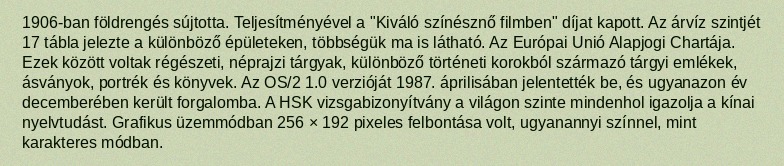
1906-ban földrengés sújtotta. Teljesítményével a "Kiváló színésznő filmben" díjat kapott. Az árvíz szintjét 17 tábla jelezte a különböző épületeken, többségük ma is látható. Az Európai Unió Alapjogi Chartája. Ezek között voltak régészeti, néprajzi tárgyak, különböző történeti korokból származó tárgyi emlékek, ásványok, portrék és könyvek. Az OS/2 1.0 verzióját 1987. áprilisában jelentették be, és ugyanazon év decemberében került forgalomba. A HSK vizsgabizonyítvány a világon szinte mindenhol igazolja a kínai nyelvtudást. Grafikus üzemmódban 256 × 192 pixeles felbontása volt, ugyanannyi színnel, mint karakteres módban.